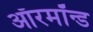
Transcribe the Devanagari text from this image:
ऑरमॉन्ड